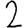
Digit: 2